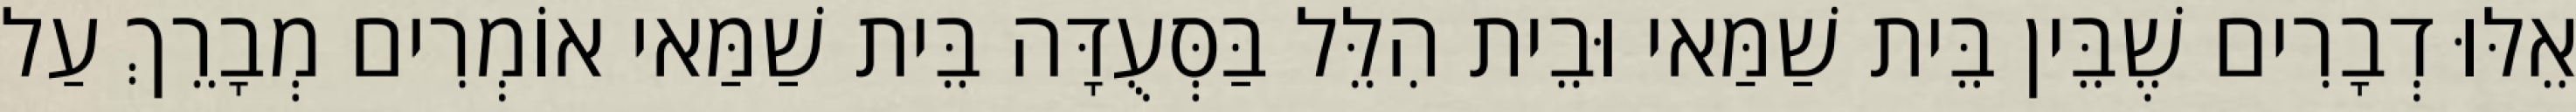
אֵלּוּ דְבָרִים שֶׁבֵּין בֵּית שַׁמַּאי וּבֵית הִלֵּל בַּסְּעֻדָּה בֵּית שַׁמַּאי אוֹמְרִים מְבָרֵךְ עַל